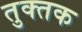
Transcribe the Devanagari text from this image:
तुक्तक